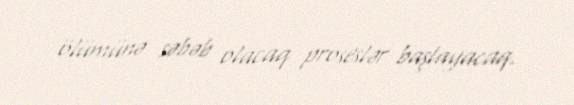
ölümünə səbəb olacaq proseslər başlayacaq.